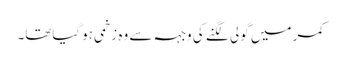
کمر میں گولی لگنے کی وجہہ سے وہ زخمی ہوگیاتھا۔